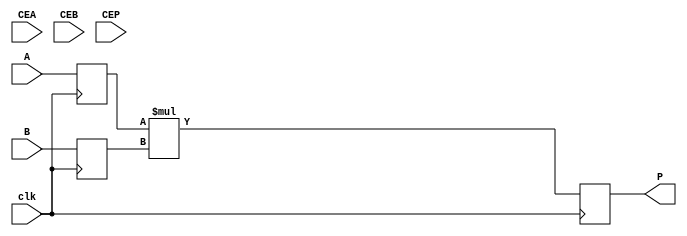
(* top *)
module mul_25s_18s_keepABP_ #(parameter AW=25, BW=18, AREG=1, BREG=1, PREG=1) (input clk, CEA, CEB, CEP, input signed [AW-1:0] A, input signed [BW-1:0] B, (* keep *) output reg signed [AW+BW-1:0] P);
(* keep *) reg signed [AW-1:0] Ar;
(* keep *) reg signed [BW-1:0] Br;
generate
    if (AREG) begin
        always @(posedge clk) if (1) Ar <= A;
    end
    else
        always @* Ar <= A;
    if (BREG) begin
        always @(posedge clk) if (1) Br <= B;
    end
    else
        always @* Br <= B;
    if (PREG) begin
        always @(posedge clk) if (1) P <= Ar * Br;
    end
    else
        always @* P <= Ar * Br;
endgenerate
endmodule

`ifndef _AUTOTB
module __test ;
    wire [4095:0] assert_area = "cd mul_25s_18s_keepABP_; select t:DSP48E1 -assert-count 1; select t:FD* -assert-count 43";
endmodule
`endif